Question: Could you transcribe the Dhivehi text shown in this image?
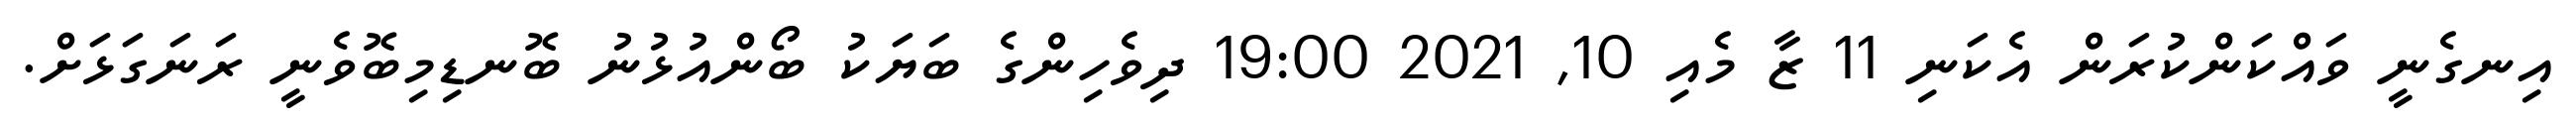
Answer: އިނގެނީ ވައްކަންކުރަން އެކަނި 11 ޒާ މެއި 10, 2021 19:00 ދިވެހިންގެ ބަޔަކު ބޯންއުޅުނު ބޮނޑިމިބޮވެނީ ރަނަގަޅަށް.